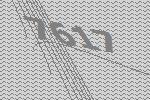
7617